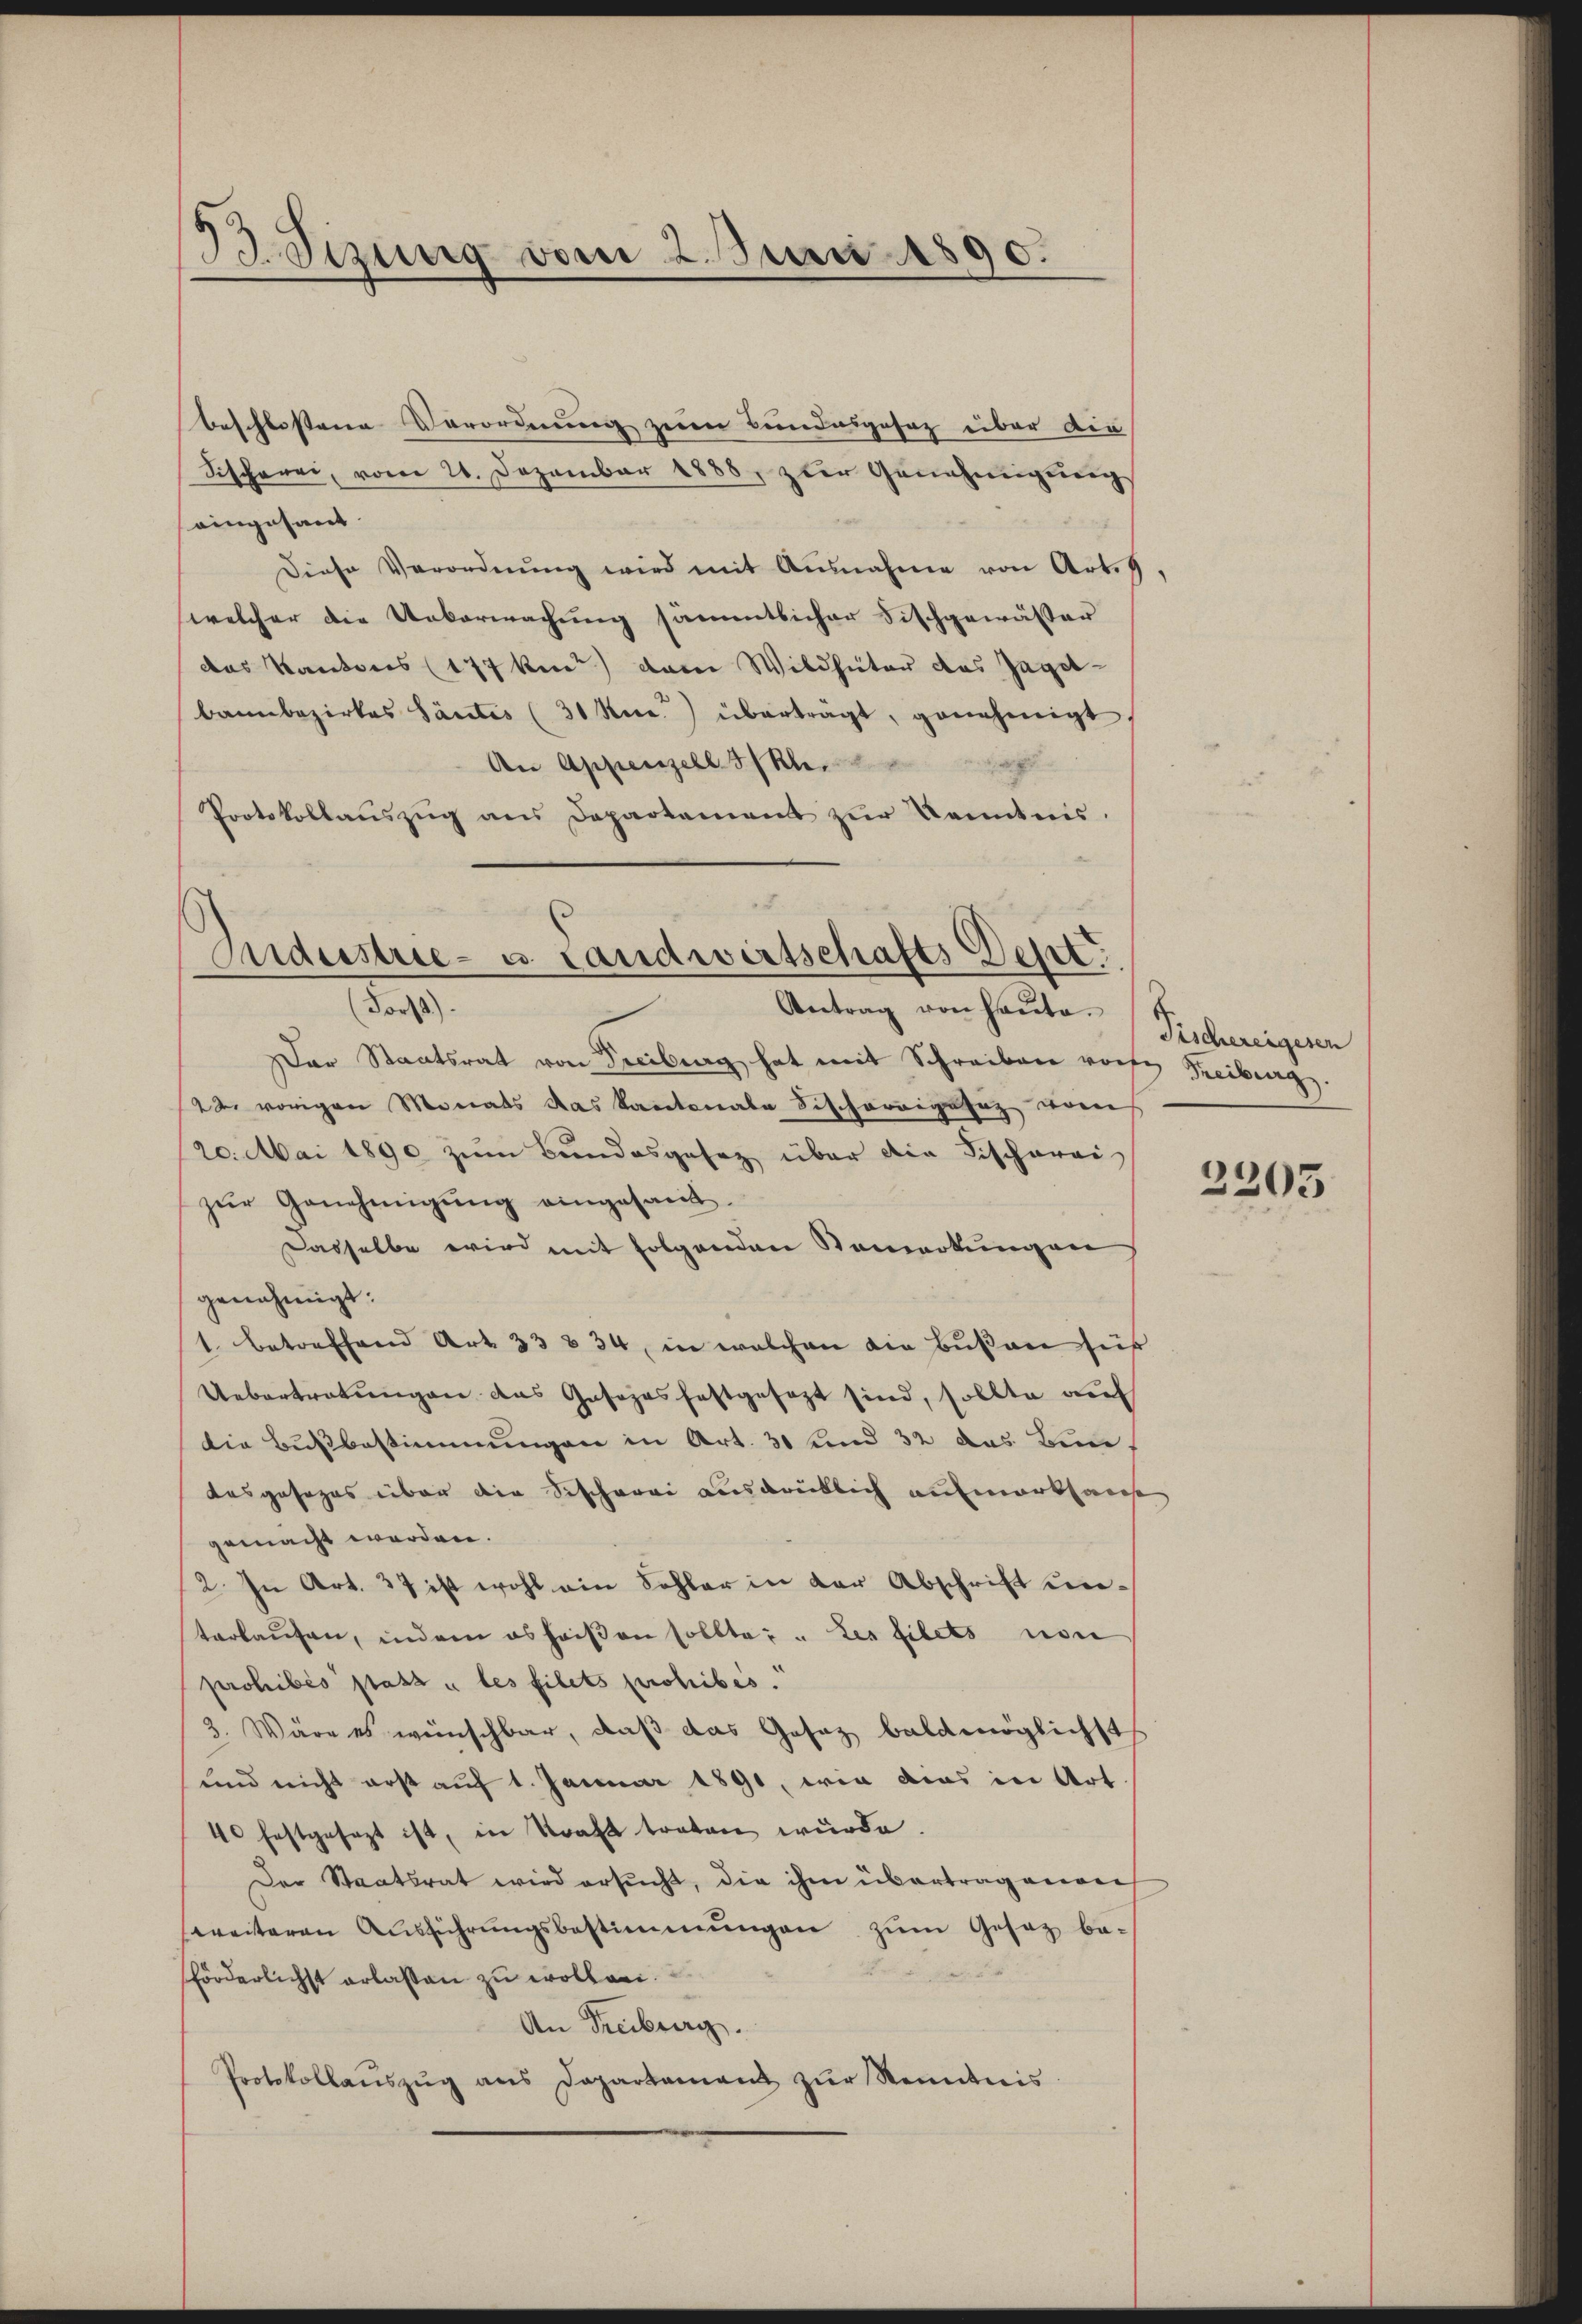
B.Sizung vom 2. Juni 1890.

beschlossene Verordnung zum Bundesgesez über die
Fischerei, vom 21. Dezember 1888, zur Genehmigung
eingesant.
Diese Verordnŭng wird mit Ausnahme von Art. 9.
welcher die Ueberwachung sämmtlicher Fischgewässer
das Kantons (177 kannt) dann Wildheiter das Jagelbann bezirkes Santes (31 Kie) überträgt, genehmigt,
An Appenzell I/Rh.
Protokollaŭszŭg ans Departement zŭr Kenntnis.

Industrie- u. Landwirtschafts Dest

Forst).
Antrag von heute. Fischeringeren
Der Staatsrat von Freiburg hat mit Schreiben vorste Freiburg.
22. vorigen Monats das Kantonale Fischerigesez vom
20. Mai 1890 zum Bundesgesetz über die Fischereizur Genehmigung eingesand
Dasselbe wird mit folgenden Bemerkungen
genehmigt:
1. Betreffend Art. 33 & 34, in welchen die Bußen seis
Uebertretungen das Gesezes festgesezt sind, sollte auf
die Bußbestimmungen in Art. 30 und 32 das Bundasposezes über die Sischerei ausdrüklich aufmarkhaus
gemacht werden.
2. In Art. 27 ist wohl ein Sohler in der Abschrift unterkaŭfen, indem es heißen sollte: „Les filets von
prohibés statt u les filets prohibis.
3. Wäre es wünschbar, daß das Gesetz baldmöglichst
und nicht erst auf 1. Januar 1891, wie dies in Art.
40 festgesezt ist, in Straft traten wurde.
Der Staatsrat wird ersucht, die ihm übertragenden
weiteren Aŭsführŭngsbestimmungen zum Gesetz beförderlichst erlassen zu wollen.
An Freiberg.
Protokollaŭszŭg ans Departament zŭr Kenntnis.

2305